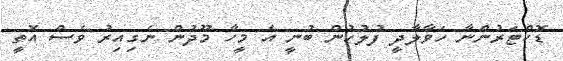
ޑޮކްޓަރުންނާ ހަވާލާދީ ފުލުހުން ބުނީ އެ މީހާ މޫދުން ނެގިއިރު ވެސް އޮތީ